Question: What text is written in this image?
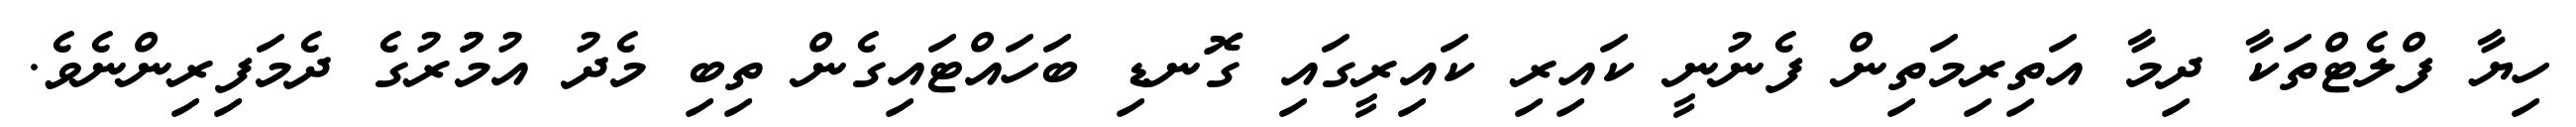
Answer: ހިޔާ ފްލެޓްތަކާ ދިމާ އަތިރިމަތިން ފެނުނީ ކައިރި ކައިރީގައި ގޮނޑި ބަހައްޓައިގެން ތިބި މެދު އުމުުރުގެ ދެމަފިރިންނެވެ.